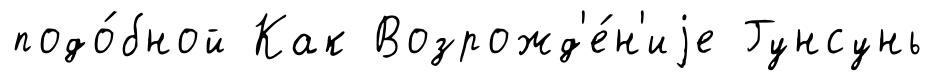
подо́бной Как Возрожд'е́н'иjе Гунсунь